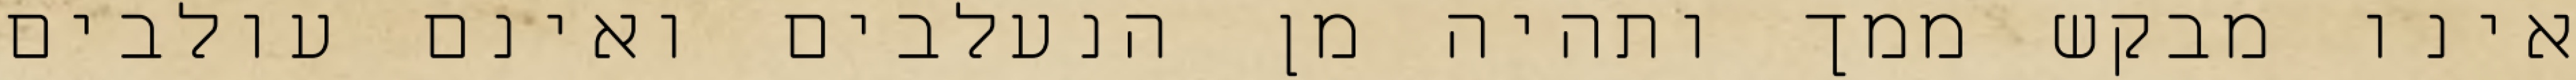
אינו מבקש ממך ותהיה מן הנעלבים ואינם עולבים